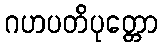
ဂဟပတိပုတ္တော